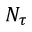
N _ { \tau }